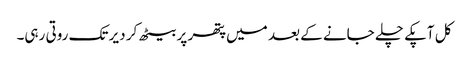
کل آپکے چلے جانے کے بعد میں پتھر پر بیٹھ کر دیر تک روتی رہی۔